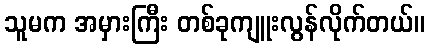
သူမက အမှားကြီး တစ်ခုကျူးလွန်လိုက်တယ်။